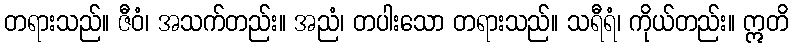
တရားသည်။ ဇီဝံ၊ အသက်တည်း။ အညံ၊ တပါးသော တရားသည်။ သရီရံ၊ ကိုယ်တည်း။ ဣတိ